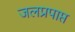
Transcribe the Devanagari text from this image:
जलप्रपाप्त